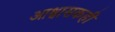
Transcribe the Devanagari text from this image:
आश्वासकही